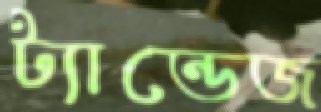
ট্যান্ডেজ